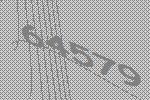
64579